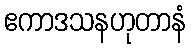
ဧကာဒသနဟုတာနံ